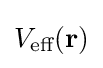
V_{\text{eff}}(\mathbf {r} )